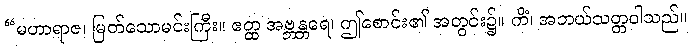
“မဟာရာဇ၊ မြတ်သောမင်းကြီး။ ဧတ္ထ အဗ္ဘန္တရေ၊ ဤစောင်း၏ အတွင်း၌။ ကိံ၊ အဘယ်သတ္တဝါသည်။